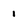
Character: 1